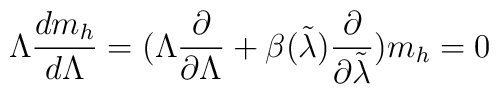
\Lambda{{dm_h}\over{d\Lambda}}= (\Lambda{{\partial}\over{\partial\Lambda}}+\beta(\tilde\lambda){{\partial}\over{\partial\tilde\lambda}})m_h=0